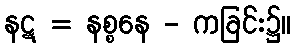
နဋ = နစ္စနေ - ကခြင်း၌။